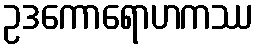
ဥဒကောရောဟကဿ